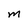
Character: m